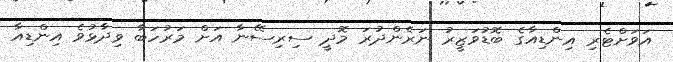
އަވަށްޓެރި އިންޑިއާގެ ބޮޑުވަޒީރު ނަރެންދުރަ މޮދީ ސިރިސޭނާ އަށް މަރުހަބާ ވިދާޅުވެ އިންޑިއާ